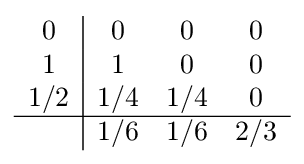
{\begin{array}{c|ccc}0&0&0&0\\1&1&0&0\\1/2&1/4&1/4&0\\\hline &1/6&1/6&2/3\\\end{array}}